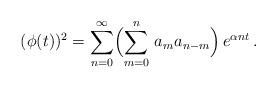
LaTeX: \begin{align*}(\phi(t))^2 = \sum_{n=0}^\infty \Bigl( \sum_{m=0}^n \, a_m a_{n-m} \Bigr)\, e^{\alpha n t}\,.\end{align*}